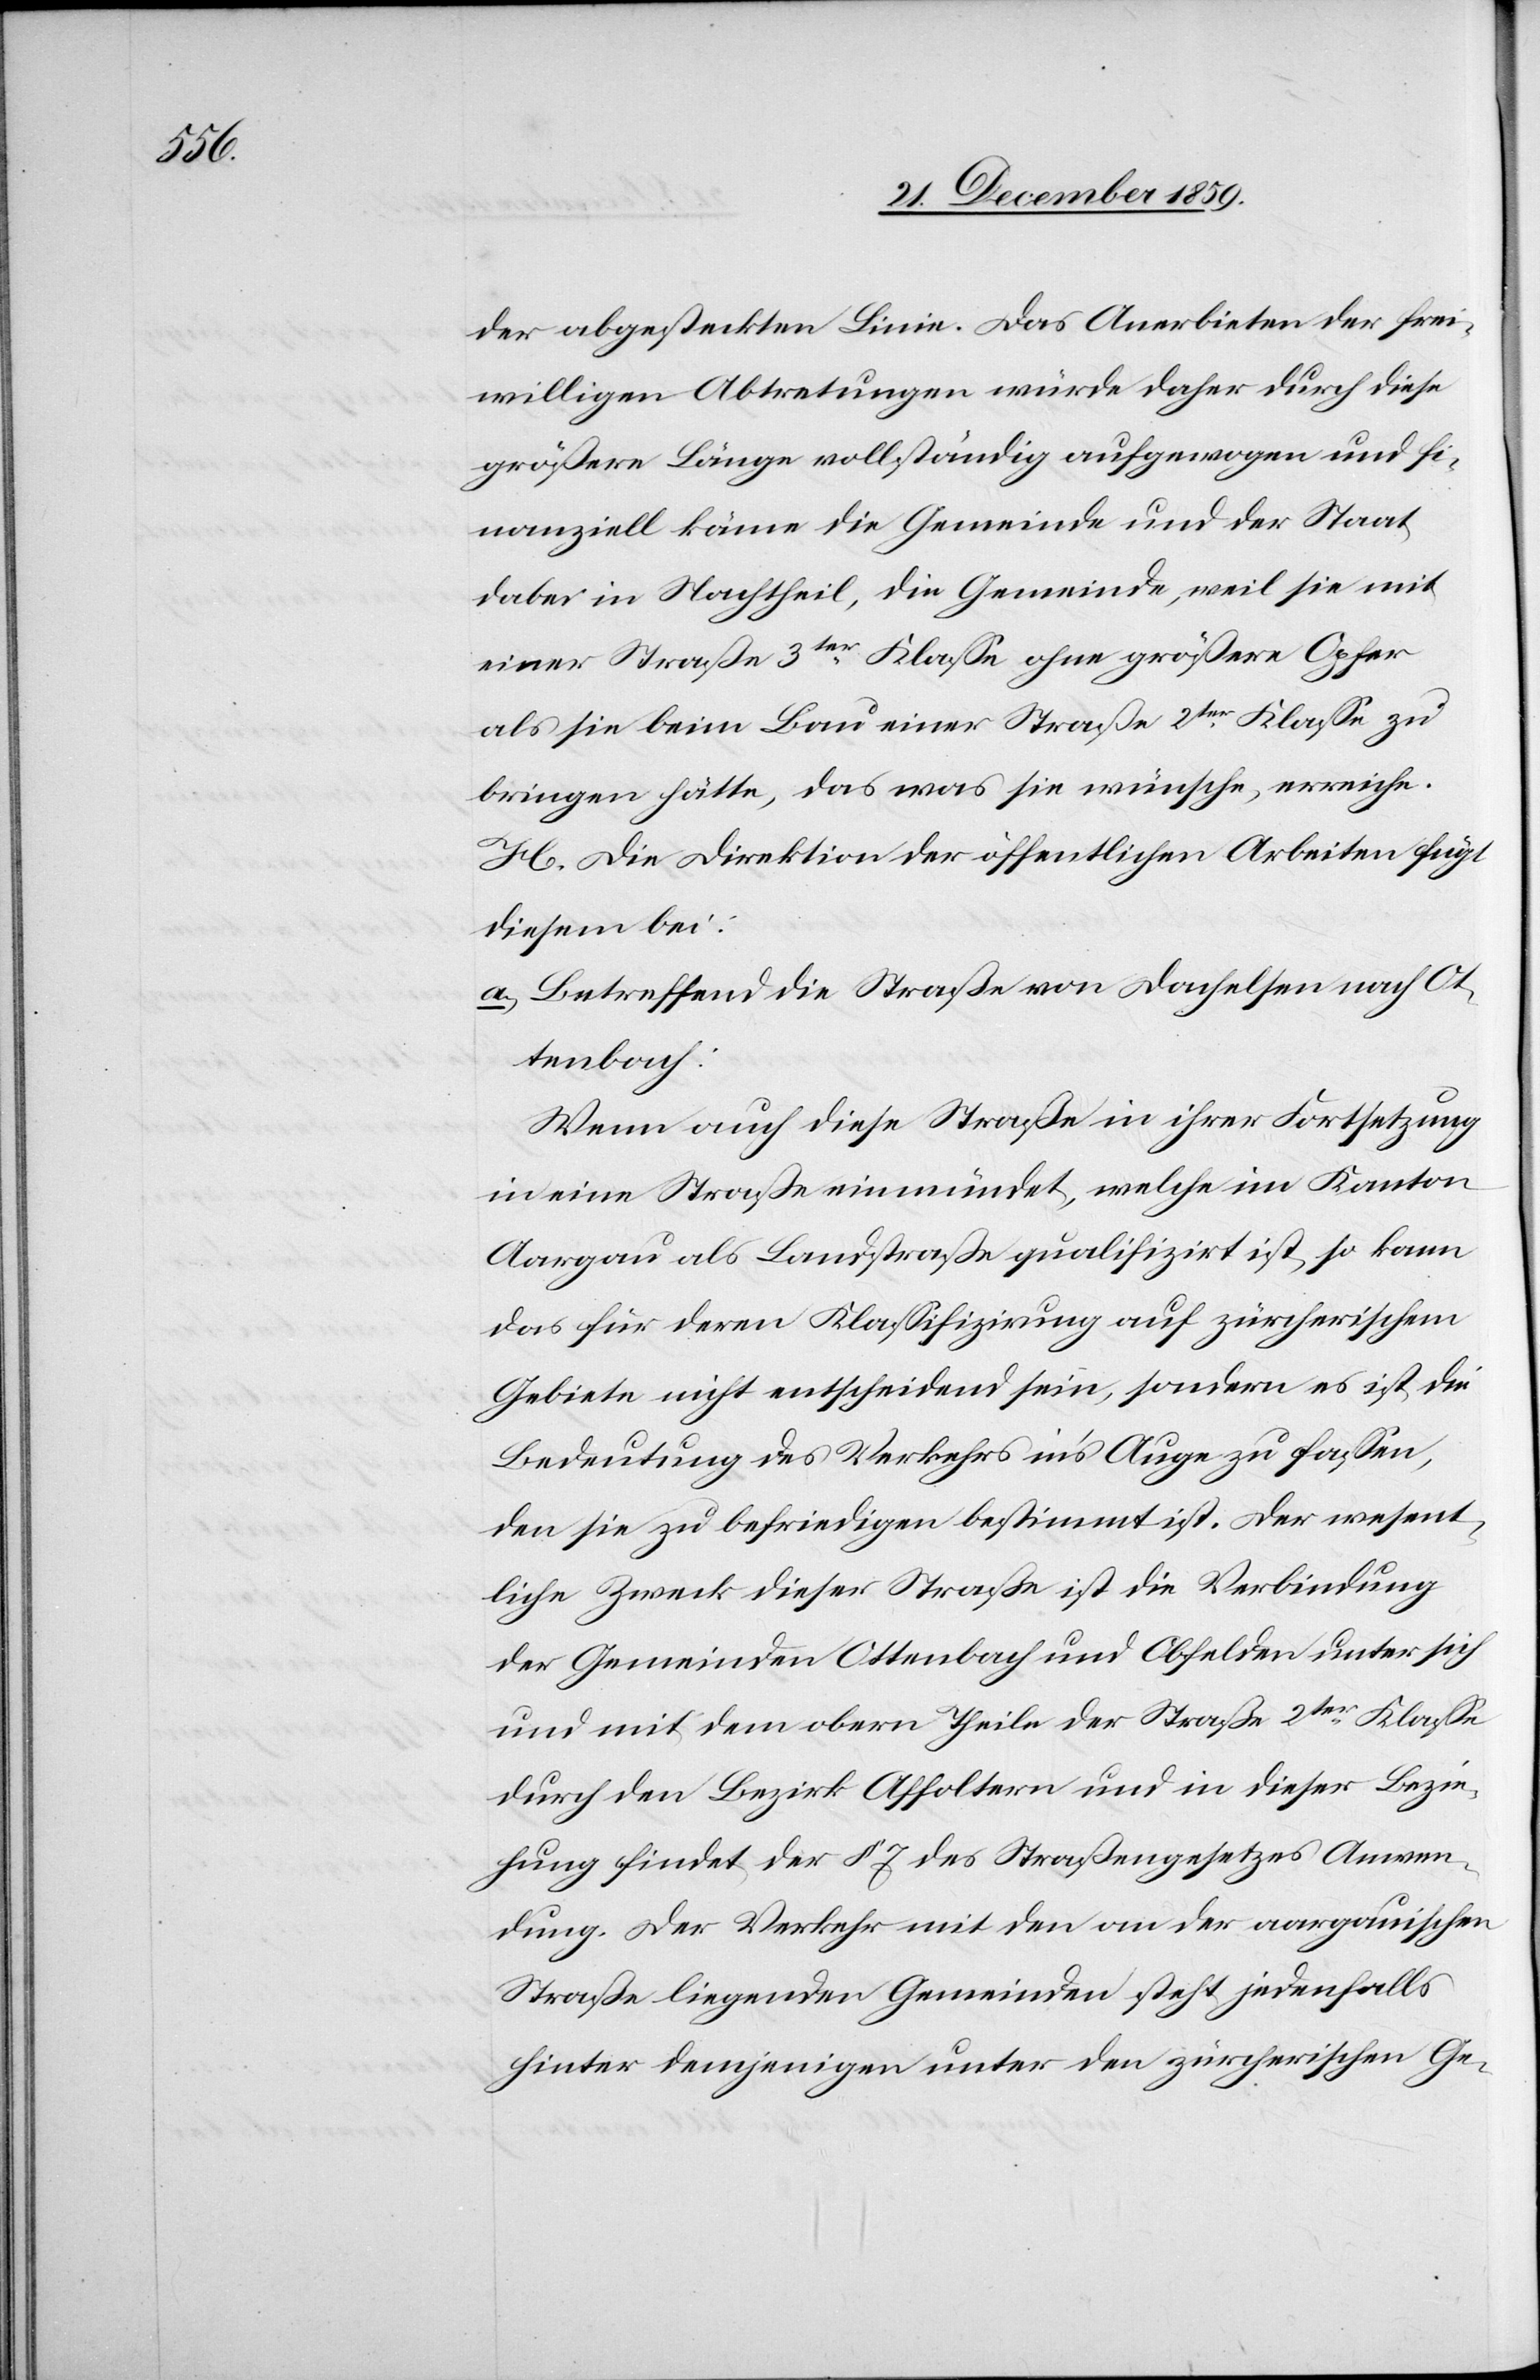
frei¬

willigen Abtretungen würde daher durch diese
größere Länge vollständig aufgewogen und fi¬
nanziell käme die Gemeinde und der Staat
dabei in Nachtheil, die Gemeinde, weil sie mit
einer Straße 3ter Klasse ohne größere Opfer
als sie beim Bau einer Straße 2ter Klasse zu
bringen hätte, das was sie wünsche, erreiche.
H. Die Direktion der öffentlichen Arbeiten fügt
diesem bei:
a.) Betreffend die Straße von Dachelsen nach Ot¬
tenbach:
Wenn auch diese Straße in ihrer Fortsetzung
in eine Straße einmündet, welche im Kanton
Aargau als Landstraße qualifizirt ist, so kann
das für deren Klassifizirung auf zürcherischem
Gebiete nicht entscheidend sein, sonders es ist die
Bedeutung des Verkehrs in’s Auge zu fassen,
den sie zu befriedigen bestimmt ist. Der wesent¬
liche Zweck dieser Straße ist die Verbindung
der Gemeinden Ottenbach und Obfelden unter sich
und mit dem obern Theile der Straße 2ter Klasse
durch den Bezirk Affoltern und in dieser Bezie¬
hung findet der § 7 des Straßengesetzes Anwen¬
dung. Der Verkehr mit den an der aargauischen
Straße liegenden Gemeinden steht jedenfalls
hinter demjenigen unter den zürcherischen Ge-